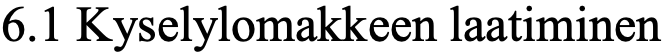
6.1 Kyselylomakkeen laatiminen